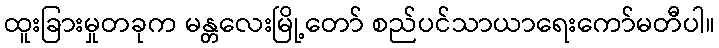
ထူးခြားမှုတခုက မန္တလေးမြို့တော် စည်ပင်သာယာရေးကော်မတီပါ။